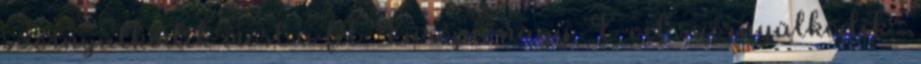
szörnyülködik most a fél Európa nagy E-vel szörnyülködik .